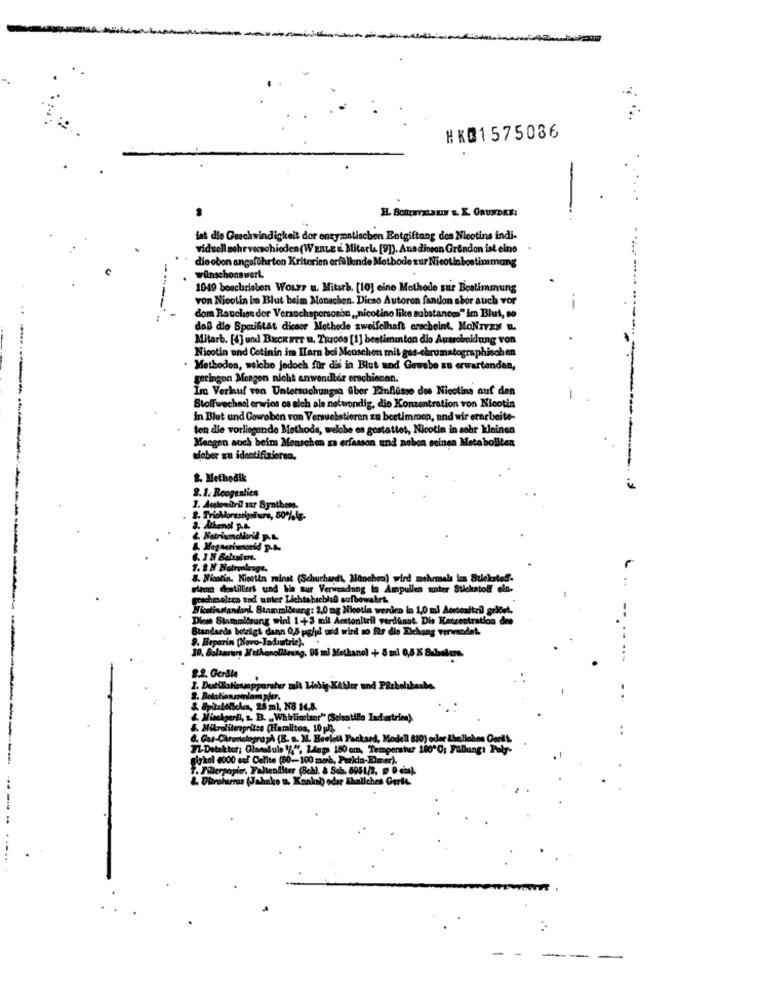
HKQ1575036
ist die Geschwindigkeit dor enzymatischen Entgiftung des Neotins indi-
viduell sohr verschieden (WERLE i. Mitarla [9]). Anadinson Grindon ist eino
die obon angeführton Kriterien erfüllende Methode zur Nicotinbestimmung
winschonswert.
1049 beschrieben WOLF? u. Mitarb. [10] eine Mothode sur Bestimmung
von Nicotin bo Blut beim Monschen. Dieso Autoren fandon sbor auch vor
dom Rauchen der Versuchspersonen ,, nicotine like substances" im Blut, so
daß die Bpmihitat dieser Methode zweifelhaft erscheint, MoNIVEN a.
Mitarb. [4] und BECKETT u. TRroos [1] bestiminton dio Ausscheidung von
Nicotin und Cotinin im ITarn bei Menschen mit gas-chromatographischen
. Methoden, welche jedoch für die in Blut und Gewebe su erwartenden,
geringon Mengen nicht anwendbar erschienen.
Im Verlauf von Untersuchungsa Abor Einflüsse des Nicotina auf den
Stoffwechsel erwies os alch ala netwondig, die Konzentration von Nicotin
in Blut und Gowoben von Versuchstieren zu bestimmen, und wir erarbeite-
ten die vorliegende Methods, welche es gestattet, Nicotin in sehr kleinen
Mengen auch beim Menschen za erfassen und neben seinen Metaboliten
sieber zu identifizieren.
2. Methodik
2.1. Roogentica
1. Antonitril sar Synthone.
2. Trichloressigof ure, 50%%%ig-
a. dihenol p.A.
4. Natriumcharid p.L.
&. Megmerinorid P.A.
--
8. Nicotin. Kinotin meinst (Schuchardt, München) wird mehrmals im Stickstoff.
sirom destilliert und Wa sur Verwendung la Ampullen unter Stickstoff ein-
prachmolzen und unter Lichtabschluß aufbewahrt.
Nicdinstandard, StammiStang: 2,0 mg Nicotin werden in 1,0 ml Acetonitril geleet.
Diese Stammilsung wird 1+3 mil Acetonitril verdinat. Die Koncentration des
Standards botrigt dann 0,5 pgiul uid wird to für die Elchang verwendet.
9. Beparin [Novo-Todustrie).
10. Bolasours Methanolibrung. 95 ml Methanol + 8 mal 0,5 % Babelers.
2.2. Gerdie
aratur zalt Liebig Kibler und Pilcholibashe.
2. Rotationmilam pjer.
& 8pů:boliches, 25 m), N8 16.8.
4. Minekgeral, z. B. _ Whirlinizor" (Selontifle Industrien)
8. Mikrolitespritze (Hamilton, 10 pn). .
6. Gas-Chromatograph (B. B. IL. Borlott Packard, Modell 810) oder Ibellobon Gert'
71-Detektor; Glassdule "/", Lings 180 am, Temperatur 100"0: Fubung! Pub-
glykol 4000 saf Celite (50-100 merb, Pealda-E)mer).
?. Millerpapier. Fallenliter Gohl. & Sch. 8951/2. @ Dei).
&. Ultrohurras (Jahnke t. Kankal) oder ähnliches Gerla.
- -